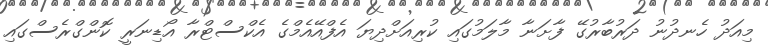
މިއަދު ހެނދުނު ދަރުބާރުގޭ ފާށަނާ މާލަމުގައި ކުރިއަށްދިޔަ އެފްއޭއެމްގެ އެކްސްޓްރާ އޯޑިނަރީ ކޮންގްރެސްގައި